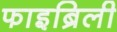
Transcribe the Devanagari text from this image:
फाइब्रिली